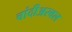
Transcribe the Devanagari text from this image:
चांदीअस्वल